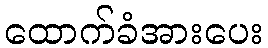
ထောက်ခံအားပေး